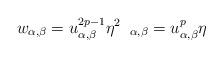
LaTeX: \begin{align*}w_{\alpha, \beta} = u^{2p-1}_{\alpha, \beta}\eta^{2} \; \; _{\alpha, \beta} =u^{p}_{\alpha, \beta}\eta\end{align*}